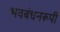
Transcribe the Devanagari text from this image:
भवबंधनरूपी